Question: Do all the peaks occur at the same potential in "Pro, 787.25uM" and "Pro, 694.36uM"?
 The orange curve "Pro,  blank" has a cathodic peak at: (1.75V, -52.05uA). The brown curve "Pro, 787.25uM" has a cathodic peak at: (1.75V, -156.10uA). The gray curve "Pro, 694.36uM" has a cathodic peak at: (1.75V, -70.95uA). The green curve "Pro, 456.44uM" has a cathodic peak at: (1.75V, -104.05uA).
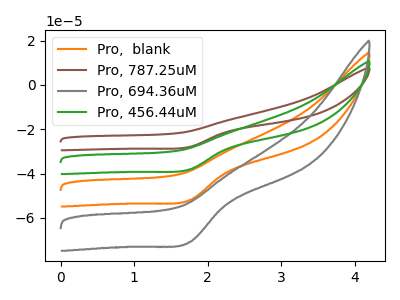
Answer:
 <answer>Yes, "Pro, 787.25uM" have a peak in "Pro, 694.36uM" at the same potential.</answer>
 <eval>match</eval>